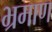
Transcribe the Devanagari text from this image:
भ्रमाण